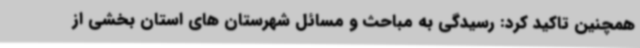
همچنین تاکید کرد: رسیدگی به مباحث و مسائل شهرستان های استان بخشی از